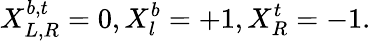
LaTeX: X_{L,R}^{b,t}=0,X_{l}^{b}=+1,X_{R}^{t}=-1.